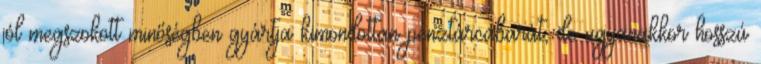
jól megszokott minőségben gyártja kimondottan pénztárcabarát, de ugyanakkor hosszú